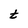
Character: t